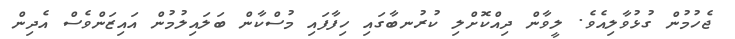
ޖެހުމުން ގުޅުވާލިއެވެ. ލީވާން ދިއްކޮށްލި ކުރުނބާގައި ހިފާފައި މުސްކާން ބަލައިލުމުން އައިޒަންވެސް އެދިން